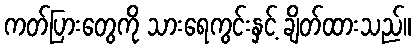
ကတ်ပြားတွေကို သားရေကွင်းနှင့် ချိတ်ထားသည်။